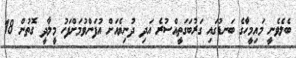
ބެލެވެނީ މައިމީހާގެ ބަނޑުގައި ގަރުބަގަތީއްސުރެ އަދި ދުނިޔެއަށް އުފަންވުމަށްފަހު މީލާދީ ގޮތުން 18